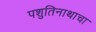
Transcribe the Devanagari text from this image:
पशुतिनाथाचा